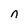
Character: n